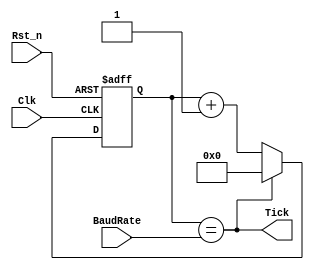
module uart_baud(
    Clk,
    Rst_n,
    Tick,
    BaudRate
);

input Clk;
input Rst_n;
input [15:0] BaudRate;
output Tick;
reg [15:0] baudRateReg = 16'd0; // Initialize to 0

always @(posedge Clk or negedge Rst_n)
begin
    if (!Rst_n) baudRateReg <= 16'd0;
    else if (Tick) baudRateReg <= 16'd0;
    else baudRateReg <= baudRateReg + 1'b1;
end

assign Tick = (baudRateReg == BaudRate);

endmodule